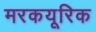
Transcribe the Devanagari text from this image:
मरकयूरिक